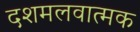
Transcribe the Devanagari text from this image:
दशमलवात्मक